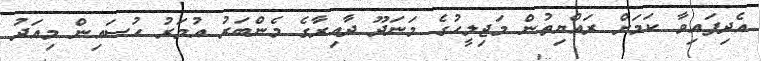
އެދިފައިވާ ކަމަށް ރައްޔިތުން މަޖިލީހުގެ މަނަދޫ ދާއިރާގެ މެންބަރު އުމަރު ހުސައިން މިއަދު